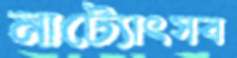
নাট্যোৎসব